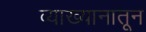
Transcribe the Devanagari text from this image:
व्याख्यानातून